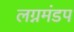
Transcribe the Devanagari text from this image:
लग्नमंडप